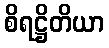
စိရဋ္ဌိတိယာ